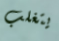
يتغلب